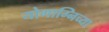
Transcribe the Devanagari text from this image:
योगाग्निच्या